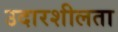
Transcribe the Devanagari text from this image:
उदारशीलता